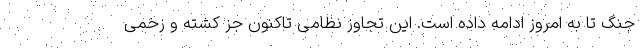
جنگ تا به امروز ادامه داده است. این تجاوز نظامی تاکنون جز کشته و زخمی